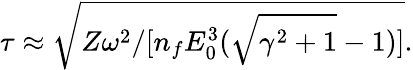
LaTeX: \tau\approx\sqrt{Z\omega^{2}/[n_{f}E_{0}^{3}(\sqrt{\gamma^{2}+1}-1)]}.